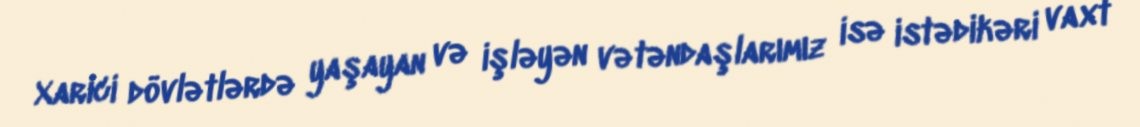
Xarici dövlətlərdə yaşayan və işləyən vətəndaşlarımız isə istədikəri vaxt